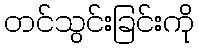
တင်သွင်းခြင်းကို